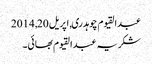
عبدالقیوم چوہدری, ‏اپریل 20, 2014
شکریہ عبدالقیوم بھائی۔